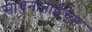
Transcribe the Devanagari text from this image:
साधनाताईंच्या